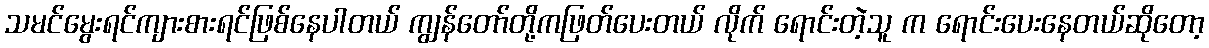
သမင်မွေးရင်ကျားစားရင်ဖြစ်နေပါတယ် ကျွန်တော်တို့ကဖြတ်ပေးတယ် လိုက် ရောင်းတဲ့သူ က ရောင်းပေးနေတယ်ဆိုတော့